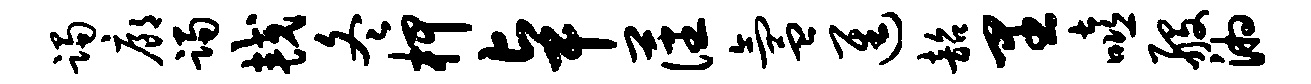
躅廊躅较冬柙卓藩氲进韶里嘻般湘